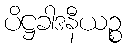
ပိဋ္ဌခါဒနီယဉ္စ